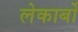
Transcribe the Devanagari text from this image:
लेकार्बों